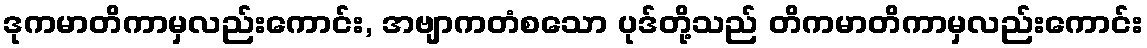
ဒုကမာတိကာမှလည်းကောင်း, အဗျာကတံစသော ပုဒ်တို့သည် တိကမာတိကာမှလည်းကောင်း